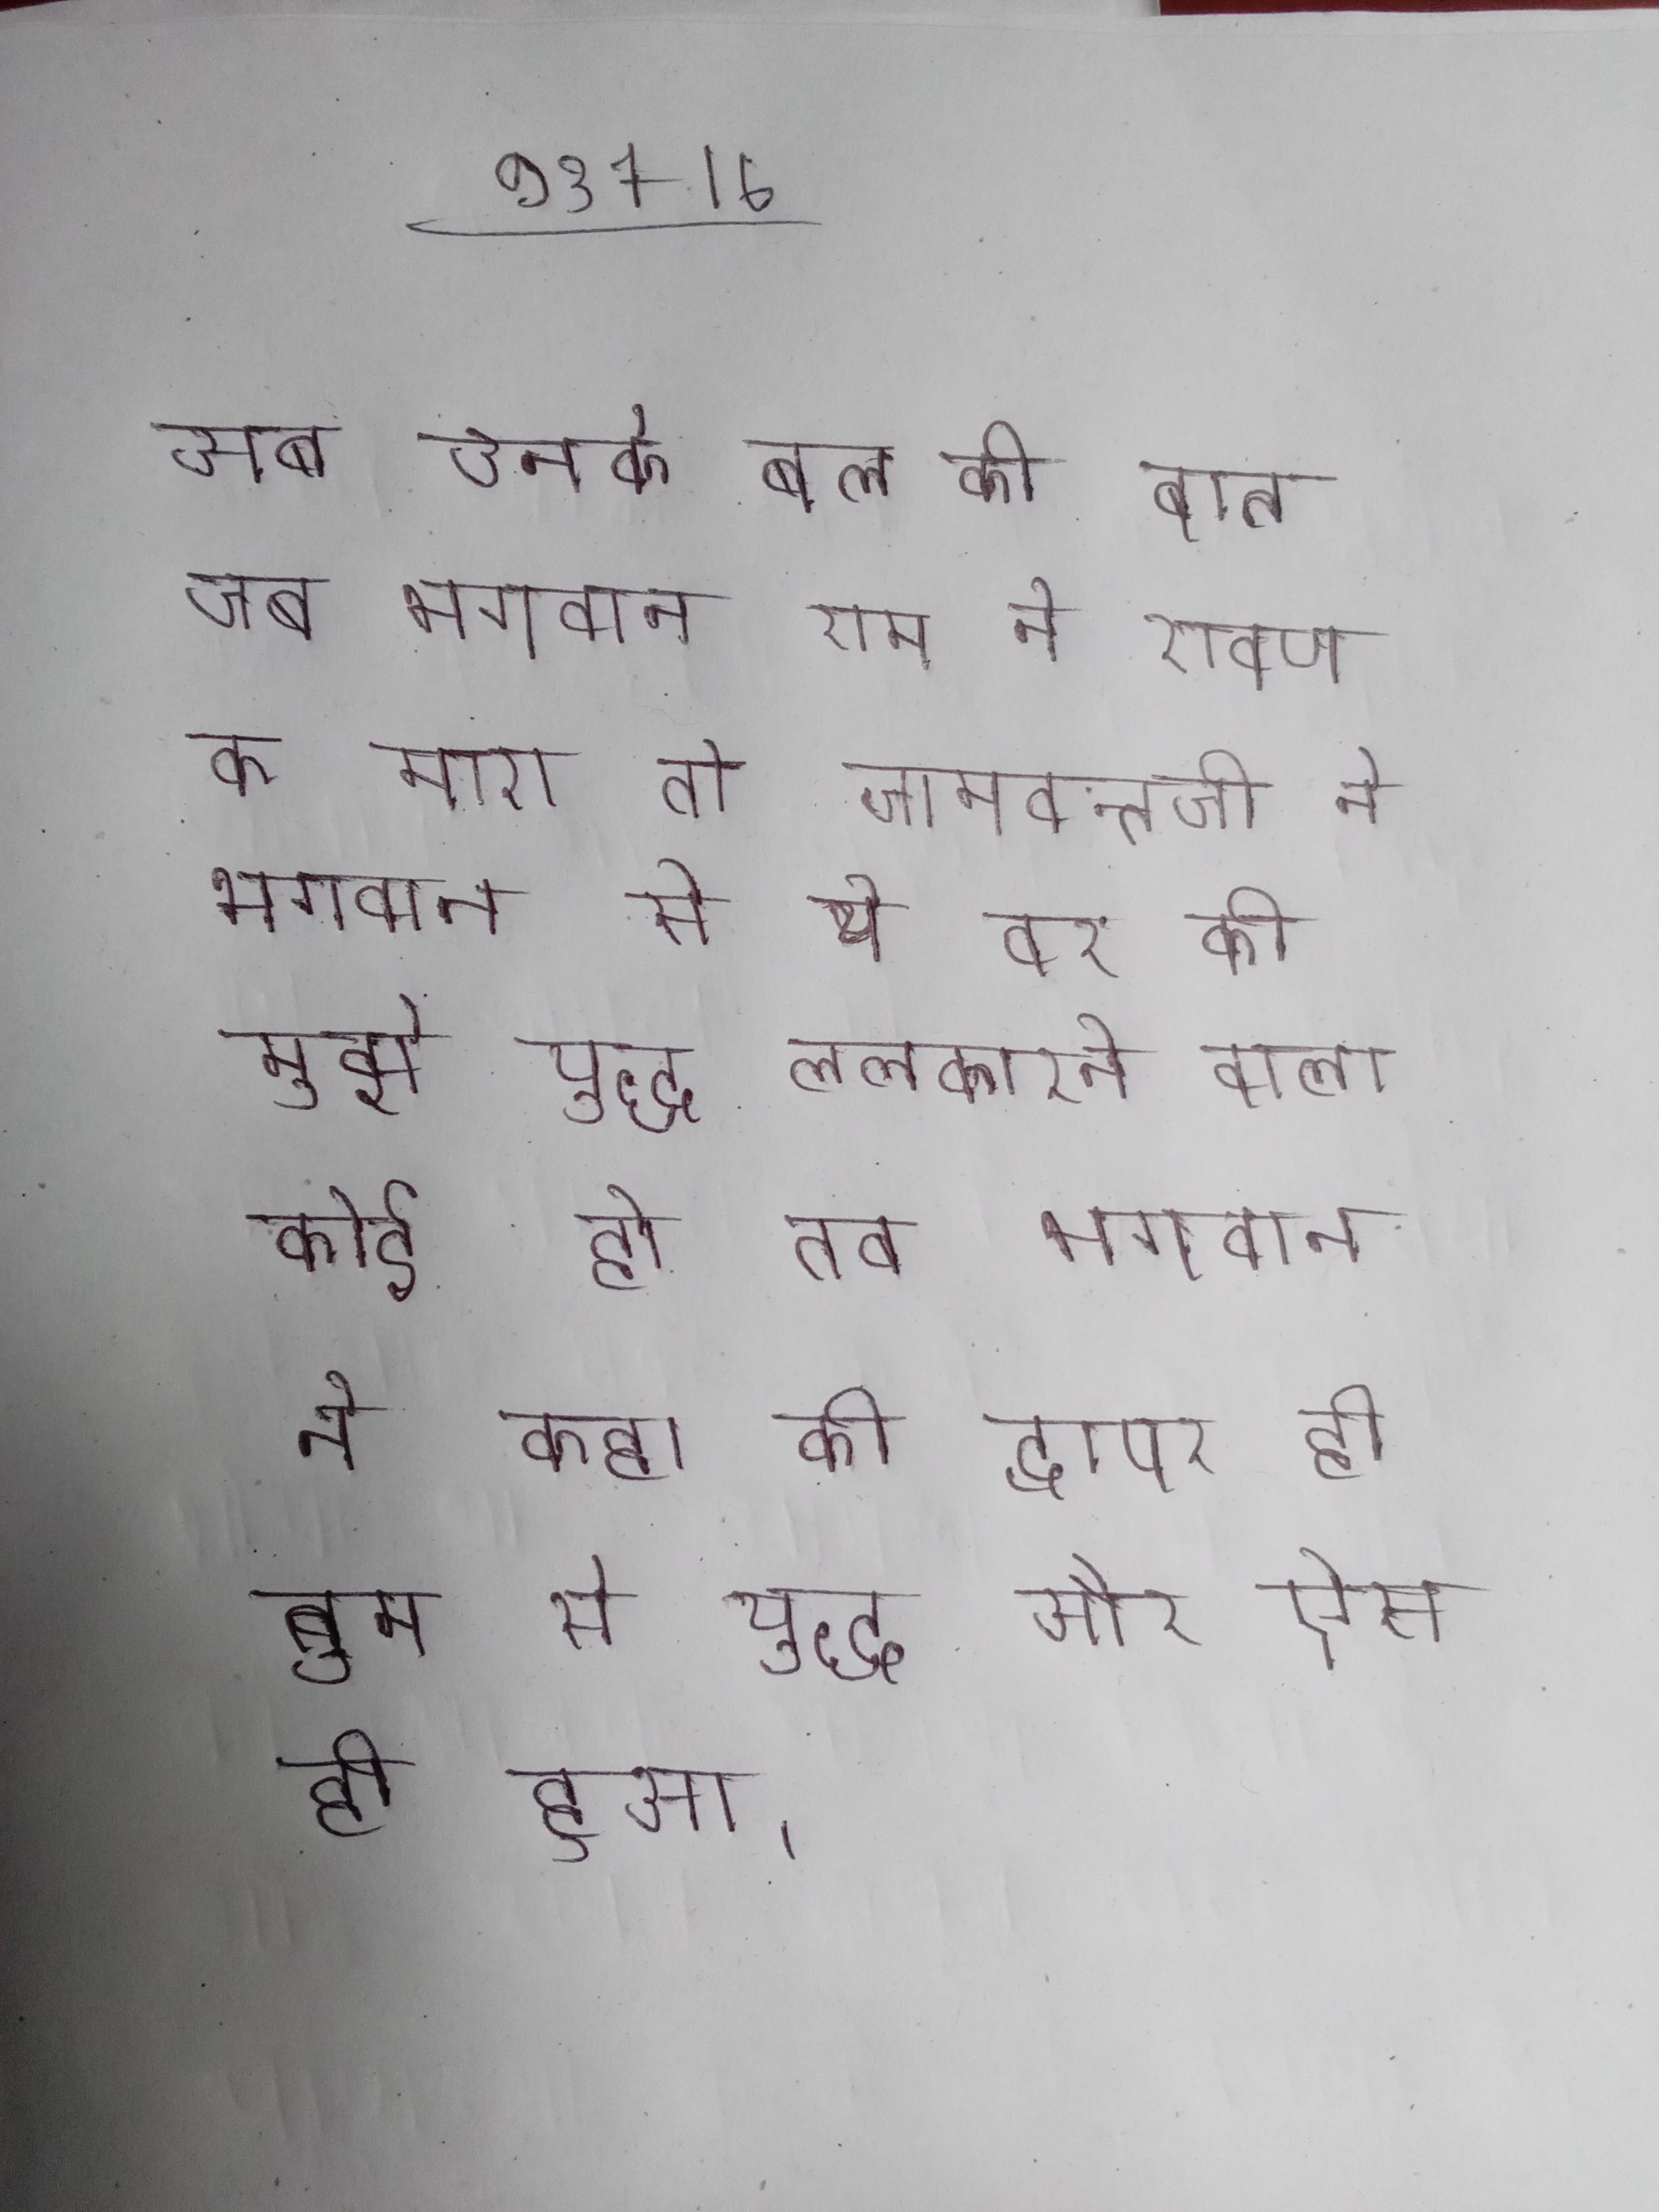
अब उनके बल की बात जब भगवान राम ने रावण क मारा तो जामवन्तजी ने भगवान से ये वर की मुझे युद्ध ललकारने वाला कोई हो तब भगवान ने कहा की द्वापर ही तुम से युद्ध और ऐसा ही हुआ ।